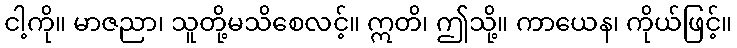
ငါ့ကို။ မာဇညာ၊ သူတို့မသိစေလင့်။ ဣတိ၊ ဤသို့။ ကာယေန၊ ကိုယ်ဖြင့်။